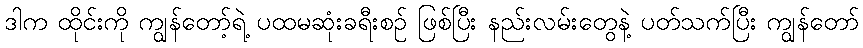
ဒါက ထိုင်းကို ကျွန်တော့်ရဲ့ ပထမဆုံးခရီးစဉ် ဖြစ်ပြီး နည်းလမ်းတွေနဲ့ ပတ်သက်ပြီး ကျွန်တော်